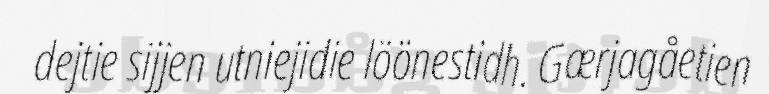
dejtie sijjen utniejidie löönestidh. Gærjagåetien